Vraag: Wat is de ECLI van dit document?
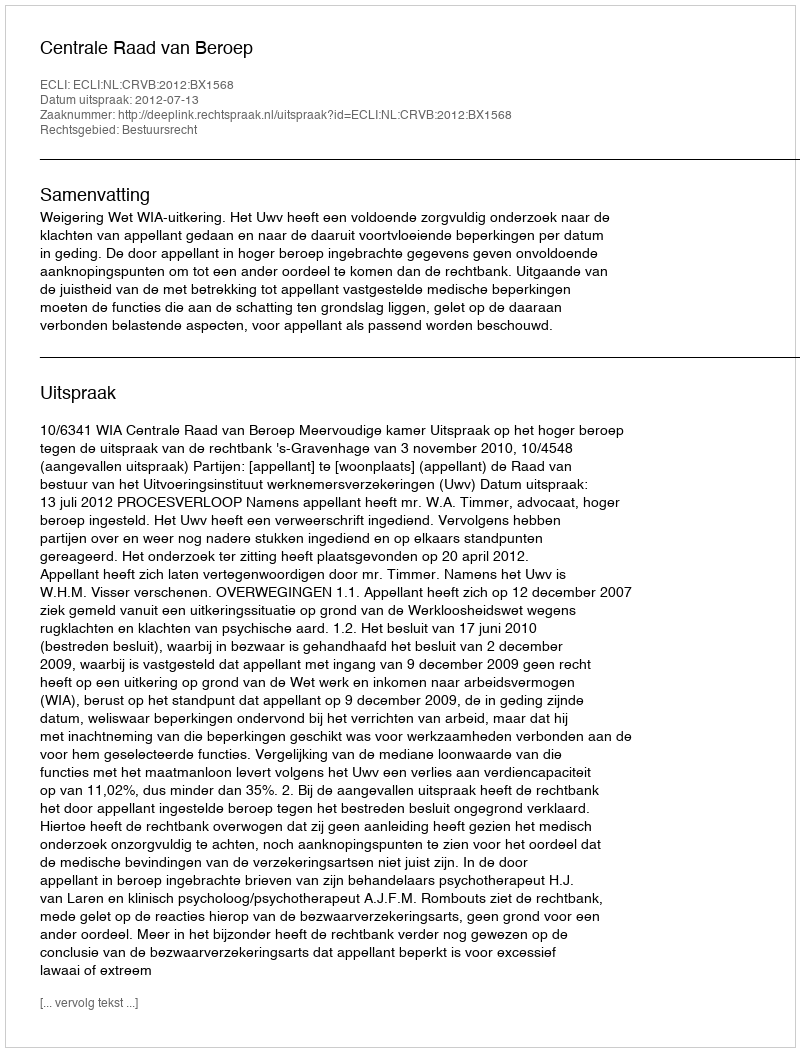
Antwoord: ECLI:NL:CRVB:2012:BX1568